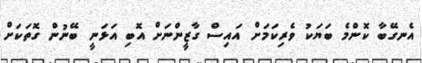
އެނގޭބާ ކޮންމެ ބަޔަކު ވެރިކަމަށް އައިސް ގާޒީންނަށް އޮބި އަޅަނީ ބޭނުން ގޮތަކަށް